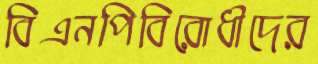
বিএনপিবিরোধীদের